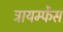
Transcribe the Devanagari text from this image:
ट्रायम्फेंस